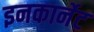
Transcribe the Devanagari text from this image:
इनकार्नेट